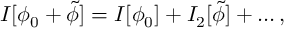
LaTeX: I [ \phi _ { 0 } + \tilde { \phi } ] = I [ \phi _ { 0 } ] + I _ { 2 } [ \tilde { \phi } ] + \ldots ,